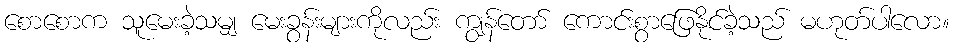
စောစောက သူမေးခဲ့သမျှ မေးခွန်းများကိုလည်း ကျွန်တော် ကောင်းစွာဖြေနိုင်ခဲ့သည် မဟုတ်ပါလော။